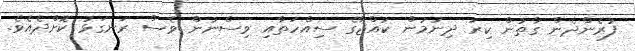
ފުރެންދެން ގާތުން ކިރު ދިނުމުން ކުއްޖާގެ ސިއްހަތާއި ވިސްނުން ވެސް ރަނގަޅު ކޮށްދެއެވެ.